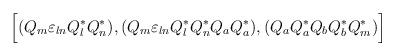
LaTeX: \begin{align*}\Bigr[(Q_{m}{\varepsilon}_{ln}Q_{l}^{*}Q_{n}^{*}),(Q_{m}{\varepsilon}_{ln}Q_{l}^{*}Q_{n}^{*}Q_{a}Q_{a}^{*}),(Q_{a}Q_{a}^{*}Q_{b}Q_{b}^{*}Q_{m}^{*})\Bigl]\end{align*}